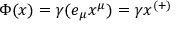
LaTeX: \Phi ( x ) = \gamma ( e _ { \mu } x ^ { \mu } ) = \gamma x ^ { ( + ) }